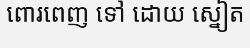
ពោរពេញ ទៅ ដោយ ស្នៀត